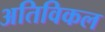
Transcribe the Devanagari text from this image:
अतिविकल